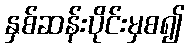
နှစ်ဆန်းပိုင်းမှစ၍